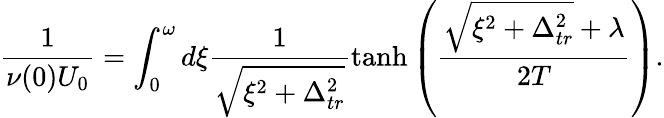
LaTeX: \frac{1}{\nu(0)U_{0}}=\int_{0}^{\omega}d\xi\frac{1}{\sqrt{\xi^{2}+\Delta_{tr}^{2}}}\operatorname{tanh}\left(\frac{\sqrt{\xi^{2}+\Delta_{tr}^{2}}+\lambda}{2T}\right).